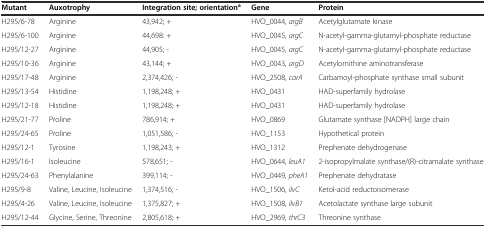
<table><thead><tr><td><b>Mutant</b></td><td><b>Auxotrophy</b></td><td><b>Integration site; orientation<sup>a</sup></b></td><td><b>Gene</b></td><td><b>Protein</b></td></tr></thead><tbody><tr><td>H295/6-78</td><td>Arginine</td><td>43,942; +</td><td>HVO_0044, <i>argB</i></td><td>Acetylglutamate kinase</td></tr><tr><td>H295/6-100</td><td>Arginine</td><td>44,698: +</td><td>HVO_0045, <i>argC</i></td><td>N-acetyl-gamma-glutamyl-phosphate reductase</td></tr><tr><td>H295/12-27</td><td>Arginine</td><td>44,905; -</td><td>HVO_0045, <i>argC</i></td><td>N-acetyl-gamma-glutamyl-phosphate reductase</td></tr><tr><td>H295/10-36</td><td>Arginine</td><td>43,144; +</td><td>HVO_0043, <i>argD</i></td><td>Acetylornithine aminotransferase</td></tr><tr><td>H295/17-48</td><td>Arginine</td><td>2,374,426; -</td><td>HVO_2508, <i>carA</i></td><td>Carbamoyl-phosphate synthase small subunit</td></tr><tr><td>H295/13-54</td><td>Histidine</td><td>1,198,248; +</td><td>HVO_0431</td><td>HAD-superfamily hydrolase</td></tr><tr><td>H295/12-18</td><td>Histidine</td><td>1,198,248; +</td><td>HVO_0431</td><td>HAD-superfamily hydrolase</td></tr><tr><td>H295/21-77</td><td>Proline</td><td>786,914; +</td><td>HVO_0869</td><td>Glutamate synthase [NADPH] large chain</td></tr><tr><td>H295/24-65</td><td>Proline</td><td>1,051,586; -</td><td>HVO_1153</td><td>Hypothetical protein</td></tr><tr><td>H295/12-1</td><td>Tyrosine</td><td>1,198,243; +</td><td>HVO_1312</td><td>Prephenate dehydrogenase</td></tr><tr><td>H295/16-1</td><td>Isoleucine</td><td>578,651; -</td><td>HVO_0644, <i>leuA1</i></td><td>2-isopropylmalate synthase/(R)-citramalate synthase</td></tr><tr><td>H295/24-63</td><td>Phenylalanine</td><td>399,114; -</td><td>HVO_0449, <i>pheA1</i></td><td>Prephenate dehydratase</td></tr><tr><td>H295/9-8</td><td>Valine, Leucine, Isoleucine</td><td>1,374,516; -</td><td>HVO_1506, <i>ilvC</i></td><td>Ketol-acid reductoisomerase</td></tr><tr><td>H295/4-26</td><td>Valine, Leucine, Isoleucine</td><td>1,375,827; +</td><td>HVO_1508, <i>ilvB1</i></td><td>Acetolactate synthase large subunit</td></tr><tr><td>H295/12-44</td><td>Glycine, Serine, Threonine</td><td>2,805,618; +</td><td>HVO_2969, <i>thrC3</i></td><td>Threonine synthase</td></tr></tbody></table>